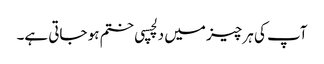
آپ کی ہر چیز میں دلچسپی ختم ہو جاتی ہے۔